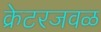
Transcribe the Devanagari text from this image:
क्रेटरजवळ